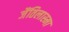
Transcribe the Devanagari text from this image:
जैंतिलास्मा